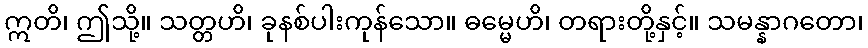
ဣတိ၊ ဤသို့။ သတ္တဟိ၊ ခုနစ်ပါးကုန်သော။ ဓမ္မေဟိ၊ တရားတို့နှင့်။ သမန္နာဂတော၊